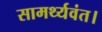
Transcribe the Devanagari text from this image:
सामर्थ्यवंत।